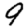
Digit: 9